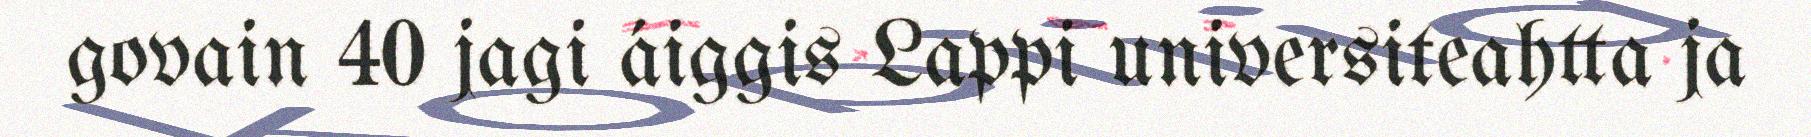
govain 40 jagi áiggis Lappi universiteahtta ja